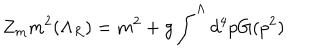
LaTeX: Z _ { m } m ^ { 2 } ( \Lambda _ { R } ) = m ^ { 2 } + g \int ^ { \Lambda } d ^ { 4 } p G ( p ^ { 2 } )